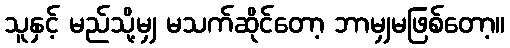
သူနှင့် မည်သို့မျှ မသက်ဆိုင်တော့ ဘာမျှမဖြစ်တော့။